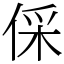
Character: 倸